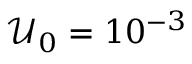
\mathcal { U } _ { 0 } = 1 0 ^ { - 3 }